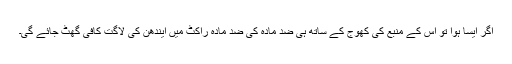
اگر ایسا ہوا تو اس کے منبع کی کھوج کے ساتھ ہی ضد مادّہ کی ضد مادّہ راکٹ میں ایندھن کی لاگت کافی گھٹ جائے گی۔